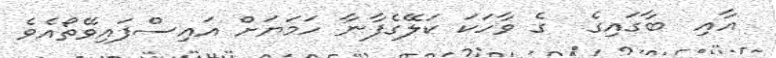
އާއި  ބާގައިގެ  ގެ ވާހަކަ ކަލޭގެފާނާ ހަމަޔަށް އައިސްފައިވޭތޯއެވެ